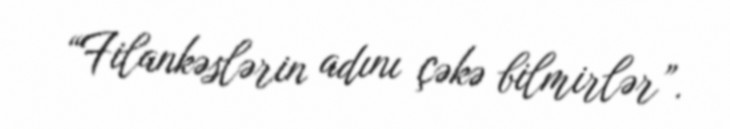
“Filankəslərin adını çəkə bilmirlər”.